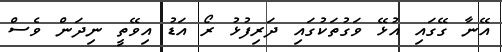
އޭނާ ގޭގައި އުޅޭ ވަގުތަކުގައި ދަރިފުޅު ރޯ އަޑު އިވޭތީ ނިދަން ވެސް